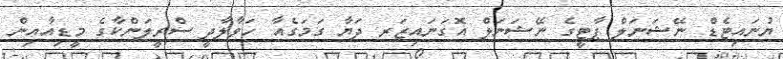
ޔުނައިޓެޑް ނޭޝަނަލް ޕާޓީގެ ނޭޝަނަލް އޮގަނައިޒަރ ދަޔާ ގަމަގެއާ ހަވާލާދީ ސްރީލަންކާގެ މީޑިއާއިން